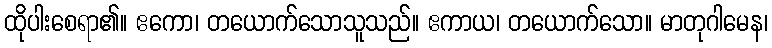
ထိုပါးစေရာ၏။ ဧကော၊ တယောက်သောသူသည်။ ဧကာယ၊ တယောက်သော။ မာတုဂါမေန၊